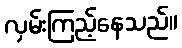
လှမ်းကြည့်နေသည်။